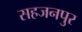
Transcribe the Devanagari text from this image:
सहजनपुर